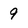
Character: 9